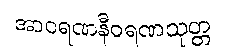
အာဝရဏနီဝရဏသုတ္တ